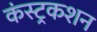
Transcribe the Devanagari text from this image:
कंस्ट्रकशन